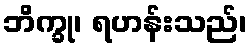
ဘိက္ခု၊ ရဟန်းသည်၊